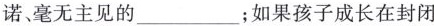
诺、毫无主见的___；如果孩子成长在封闭